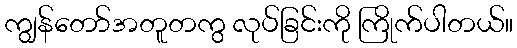
ကျွန်တော်အတူတကွ လုပ်ခြင်းကို ကြိုက်ပါတယ်။